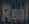
Real